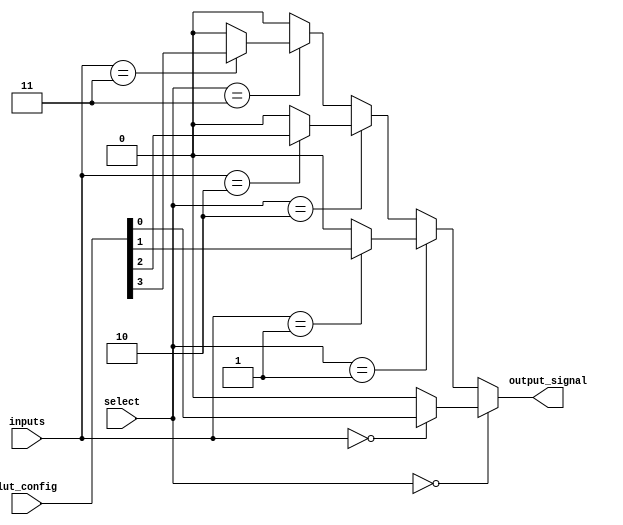
module CLB (
    input wire [3:0] inputs,          // 4 input lines
    input wire [1:0] select,          // Select lines for multiplexer
    input wire [15:0] lut_config,     // Configuration bits for the LUT
    output wire output_signal          // Output line
);

// Internal signals
wire [3:0] lut_output;               // Output from the LUT
wire mux_output;                     // Output from the multiplexer

// 4-input LUT implementation
generate
    genvar i;
    for (i = 0; i < 16; i = i + 1) begin : lut
        assign lut_output[i] = (inputs == i) ? lut_config[i] : 1'b0;
    end
endgenerate

// Multiplexer to select output from LUTs
assign mux_output = (select == 2'b00) ? lut_output[0] :
                    (select == 2'b01) ? lut_output[1] :
                    (select == 2'b10) ? lut_output[2] :
                    (select == 2'b11) ? lut_output[3] : 1'b0;

// Final output signal
assign output_signal = mux_output;

endmodule